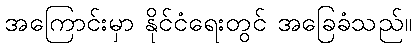
အကြောင်းမှာ နိုင်ငံရေးတွင် အခြေခံသည်။